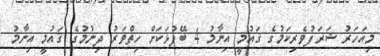
މިއަހަރު ޝަރަފުވެރިކަމުގެ ޤައުމީ އިނާމު 4 ބޭފުޅަކަށް ހިތްވަރު ދިނުމުގެ ޤައުމީ އިނާމު